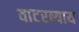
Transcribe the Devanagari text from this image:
वाटरब्याय